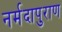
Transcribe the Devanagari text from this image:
नर्मदापुराण